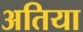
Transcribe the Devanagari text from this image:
अतिया